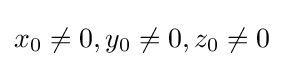
x_{0}\neq 0,y_{0}\neq 0,z_{0}\neq 0